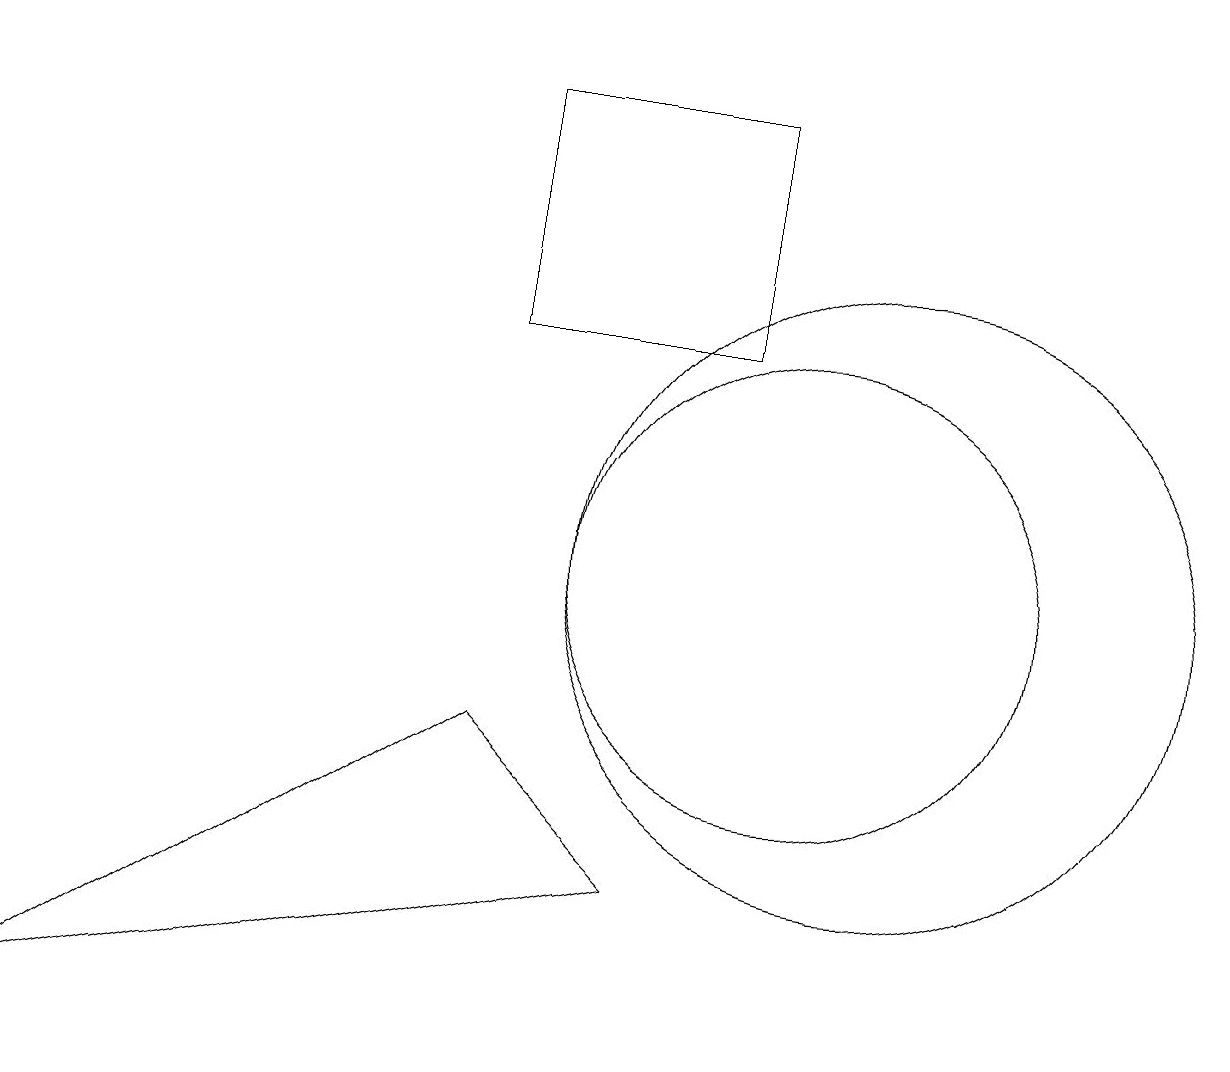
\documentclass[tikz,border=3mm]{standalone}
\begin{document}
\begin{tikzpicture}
\draw (10,10) circle (3);
\draw[->] (3,17) -- (4,17);
\draw (11,10) circle (4);
\draw (9,16) rectangle (6,13);
\draw (0,4) -- (6,8) -- (8,6) -- cycle;
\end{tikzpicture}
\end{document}